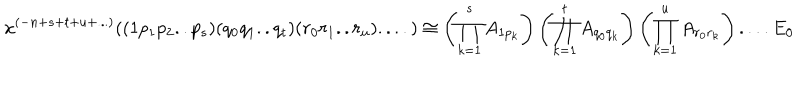
x ^ { ( - n + s + t + u + . . . ) } ( ( 1 p _ { 1 } p _ { 2 } . . p _ { s } ) ( q _ { 0 } q _ { 1 } . . q _ { t } ) ( r _ { 0 } r _ { 1 } . . r _ { u } ) . . . . ) \cong \left( \prod _ { k = 1 } ^ { s } A _ { 1 p _ { k } } \right) \left( \prod _ { k = 1 } ^ { t } A _ { q _ { 0 } q _ { k } } \right) \left( \prod _ { k = 1 } ^ { u } A _ { r _ { 0 } r _ { k } } \right) . . . . E _ { 0 }